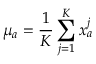
\boldsymbol { \mu _ { a } } = \frac { 1 } { K } \sum _ { j = 1 } ^ { K } \boldsymbol { x _ { a } ^ { j } }